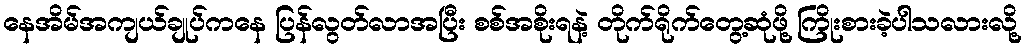
နေအိမ်အကျယ်ချုပ်ကနေ ပြန်လွတ်လာအပြီး စစ်အစိုးရနဲ့ တိုက်ရိုက်တွေ့ဆုံဖို့ ကြိုးစားခဲ့ပါသလားလို့